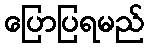
ပြောပြရမည်